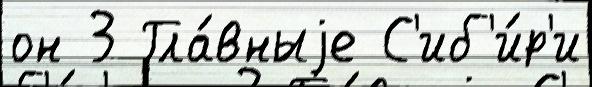
он 3 Гла́вныjе С'иб'и́р'и